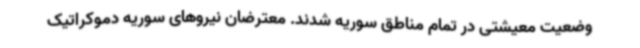
وضعیت معیشتی در تمام مناطق سوریه شدند. معترضان نیروهای سوریه دموکراتیک